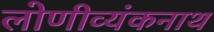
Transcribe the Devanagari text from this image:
लोणीव्यंकनाथ